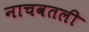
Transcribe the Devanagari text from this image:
नाचवतली